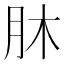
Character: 𦙣